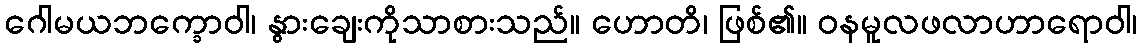
ဂေါမယဘက္ခောဝါ၊ နွားချေးကိုသာစားသည်။ ဟောတိ၊ ဖြစ်၏။ ဝနမူလဖလာဟာရောဝါ၊